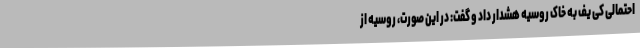
احتمالی کی یف به خاک روسیه هشدار داد و گفت: در این صورت، روسیه از